Annual report on the working of the mental hospitals in the Madras Presidency - 1912-1932
Year: 1912
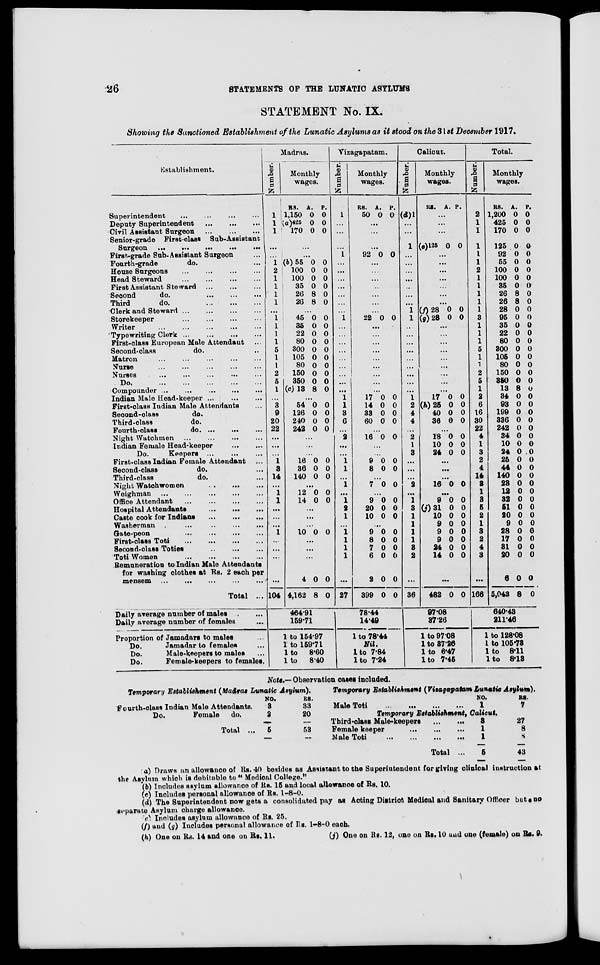
26
STATEMENTS OF THE LUNATIC ASYLUMS
STATEMENT No. IX.
Showing the Sanctioned Establishment of the Lunatic Asylums as it stood on the 31st December 1917.
Establishment.
Superintendent ... ... ... ...
Deputy Superintendent
...
...
...
Civil Assistant Surgeon
...
...
...
Senior-grade First-class Sub-Assistant
Surgeon
...
...
...
...
...
First-grade Sub-Assistant Surgeon ...
Fourth-grade
do. ...
House Surgeons ... ... ... ...
Head Steward
...
...
...
...
First Assistant Steward
...
...
...
Second
do. ... ... ...
Third
do.
...
...
...
Clerk and Steward
...
...
...
...
Storekeeper
...
...
...
...
Writer
...
...
...
...
...
Typewriting Clerk
...
...
...
...
First-class European Male Attendant ...
Second-class
do. ...
Matron
...
...
...
...
...
Nurse
...
...
...
...
...
Nurses ... ... ... ... ...
Do.
...
...
...
...
...
Compounder ...
... ... ... ...
Indian Male Head-keeper ... ... ...
First-class Indian Male Attendants ...
Second-class
do.
Third-class
do.
Fourth-class
do. ...
... ...
Night Watchmen
...
...
...
...
Indian Female Head-keeper
...
...
Do.
Keepers
...
...
...
First-class Indian Female Attendant ...
Second-class
do. ...
Third-class
do. ...
Night Watchwomen ... ... ...
Weighman ... ... ... ... ...
Office Attendant
...
...
...
...
Hospital Attendants
...
...
...
Caste cook for Indians
...
...
...
Washerman
...
...
...
...
Gate-peon
...
...
...
...
First-class Toti
...
...
...
...
Second-class Toties
...
...
...
Toti Women
...
...
...
...
Remuneration to Indian Male Attendants
for washing clothes at Rs. 2 each per
mensem
...
...
...
...
...
Total ...
Daily average number of males ...
Daily average number of females ...
Proportion of Jamadars to males ...
Do.
Jamadar to females ...
Do.
Male-keepers to males ...
Do.
Female-keepers to females.
Madras.
Number.
1
1
1
...
...
1
2
1
1
1
1
...
1
1
1
1
5
1
1
2
5
1
...
3
9
20
22
...
...
...
1
3
14
...
1
1
...
...
...
1
...
...
...
...
104
Monthly
wages.
RS.
1,150
(a) 425
170
A.
0
0
0
P.
0
0
0
...
...
(b) 55
100
100
35
26
26
0
0
0
0
8
8
0
0
0
0
0
0
...
45
35
22
80
300
105
80
150
350
(c) 13
0
0
0
0
0
0
0
0
0
8
0
0
0
0
0
0
0
0
0
0
...
54
126
240
242
0
0
0
0
0
0
0
0
...
...
...
16
36
140
0
0
0
0
0
0
...
12
14
0
0
0
0
...
...
...
10 0 0
...
...
...
4
4,162
0
8
0
0
464.91
159.71
1 to 154.97
1 to 159.71
1 to 8.60
1 to 8.40
Vizagapatam.
Number.
1
...
...
...
1
...
...
...
...
...
...
...
1
...
...
...
...
...
...
...
...
...
1
1
3
6
...
2
...
...
1
1
...
1
...
1
2
1
...
1
1
1
1
...
27
Monthly
wages.
RS.
50
A.
0
P.
0
...
...
...
92 0 0
...
...
...
...
...
...
...
22 0 0
...
...
...
...
...
...
...
...
...
17
14
33
60
0
0
0
0
0
0
0
0
...
16 0 0
...
...
9
8
0
0
0
0
...
7 0 0
...
9
20
10
0
0
0
0
0
0
...
9
8
7
6
2
399
0
0
0
0
0
0
0
0
0
0
0
0
78.44
14.49
1 to 78.44
Nil.
1 to 7.84
1 to 7.24
Calicut.
Number.
(d)1
...
...
1
...
...
...
...
...
...
...
1 1
...
...
...
...
...
...
...
...
...
1
2
4
4
...
2
1
3
...
...
...
2
...
1
3
1
1
1
1
3
2
...
36
Monthly
wages.
RS.
A. P.
...
...
...
(e)125 0 0
...
...
...
...
...
...
...
(f) 28
(g) 28
0
0
0
0
...
...
...
...
...
...
...
...
...
17
(h) 25
40
36
0
0
0
0
0
0
0
0
...
18
10
24
0
0
0
0
0
0
...
...
...
16 0 0
...
9
(j) 31
10
9
9
9
24
14
0
0
0
0
0
0
0
0
0
0
0
0
0
0
0
0
...
482 0 0
97.08
37.26
1 to 97.08
1 to 37.26
1 to 6.47
1 to 7.45
Total.
Number.
2
1
1
1
1
1
2
1
1
1
1
1
3
1
1
1
5
1
1
2
5
1
2
6
16
30
22
4
1
3
2
4
14
3
1
3
5
2
1
3
2
4
3
...
166
Monthly
wages.
RS.
1,200
425
170
125
92
55
100
100
35
26
26
28
95
35
22
80
300
105
80
150
350
13
34
93
199
336
242
34
10
24
25
44
140
23
12
32
51
20
9
28
17
31
20
6
5,043
A.
0
0
0
0
0
0
0
0
0
8
8
0
0
0
0
0
0
0
0
0
0
8
0
0
0
0
0
0
0
0
0
0
0
0
0
0
0
0
0
0
0
0
0
0
8
P.
0
0
0
0
0
0
0
0
0
0
0
0
0
0
0
0
0
0
0
0
0
0
0
0
0
0
0
0
0
0
0
0
0
0
0
0
0
0
0
0
0
0
0
0
0
640.43
211.46
1 to 128.08
1 to 105.73
1 to 8.11
1 to 8.13
Note.—Observation cases included.
Temporary Establishment (Madras Lunatic Asylum).
Fourth-class Indian Male Attendants.
Do.
Female do.
Total ...
NO.
3
2
5
RS.
33
20
53
Temporary Establishment (Vizagapatam Lunatic Asylum).
Male Toti
...
...
...
...
NO.
1
RS.
7
Temporary
Establishment,Calicut.
Third-class Male-keepers
...
...
Female keeper
...
...
...
Male Toti
...
...
...
...
Total ...
3
1
1
5
27
8
8
43
(a) Draws an allowance of Rs. 40 besides as Assistant to the Superintendent for giving clinical instruction at
the Asylum which is debitable to " Medical College."
(b) Includes asylum allowance of Rs. 15 and local allowance of Rs. 10.
(c) Includes personal allowance of Rs. 1-8-0.
(d) The Superintendent now gets a consolidated pay as Acting District Medical and Sanitary Officer but no
separate Asylum charge allowance.
(e) Includes asylum allowance of Rs. 25.
(f) and (g) Includes personal allowance of Rs. 1-8-0 each.
(h) One on Rs. 14 and one on Rs. 11.
(j)
One on Rs. 12, one on Rs. 10 and one (female) on Rs. 9.